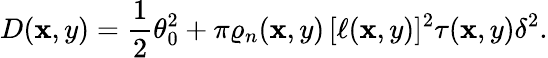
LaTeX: D(\mathbf{x},y)=\frac{{1}}{{2}}\theta_{0}^{2}+\pi\varrho_{n}(\mathbf{x},y)\, [\ell(\mathbf{x},y)]^{2}\tau(\mathbf{x},y)\delta^{2}.